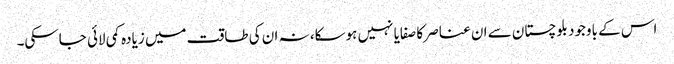
اس کے باوجود بلوچستان سے ان عناصر کا صفایا نہیں ہوسکا، نہ ان کی طاقت میں زیادہ کمی لائی جاسکی۔